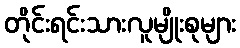
တိုင်းရင်းသားလူမျိုးစုများ